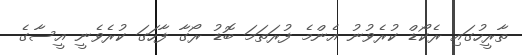
ތާރީހުގައި ރެކޯޑް ކުރެވުނު އެންމެ ފުރަތަމަ ބޮޑު ރޯގާ ފާހަގަ ކުރެވެނީ އީސާގެ